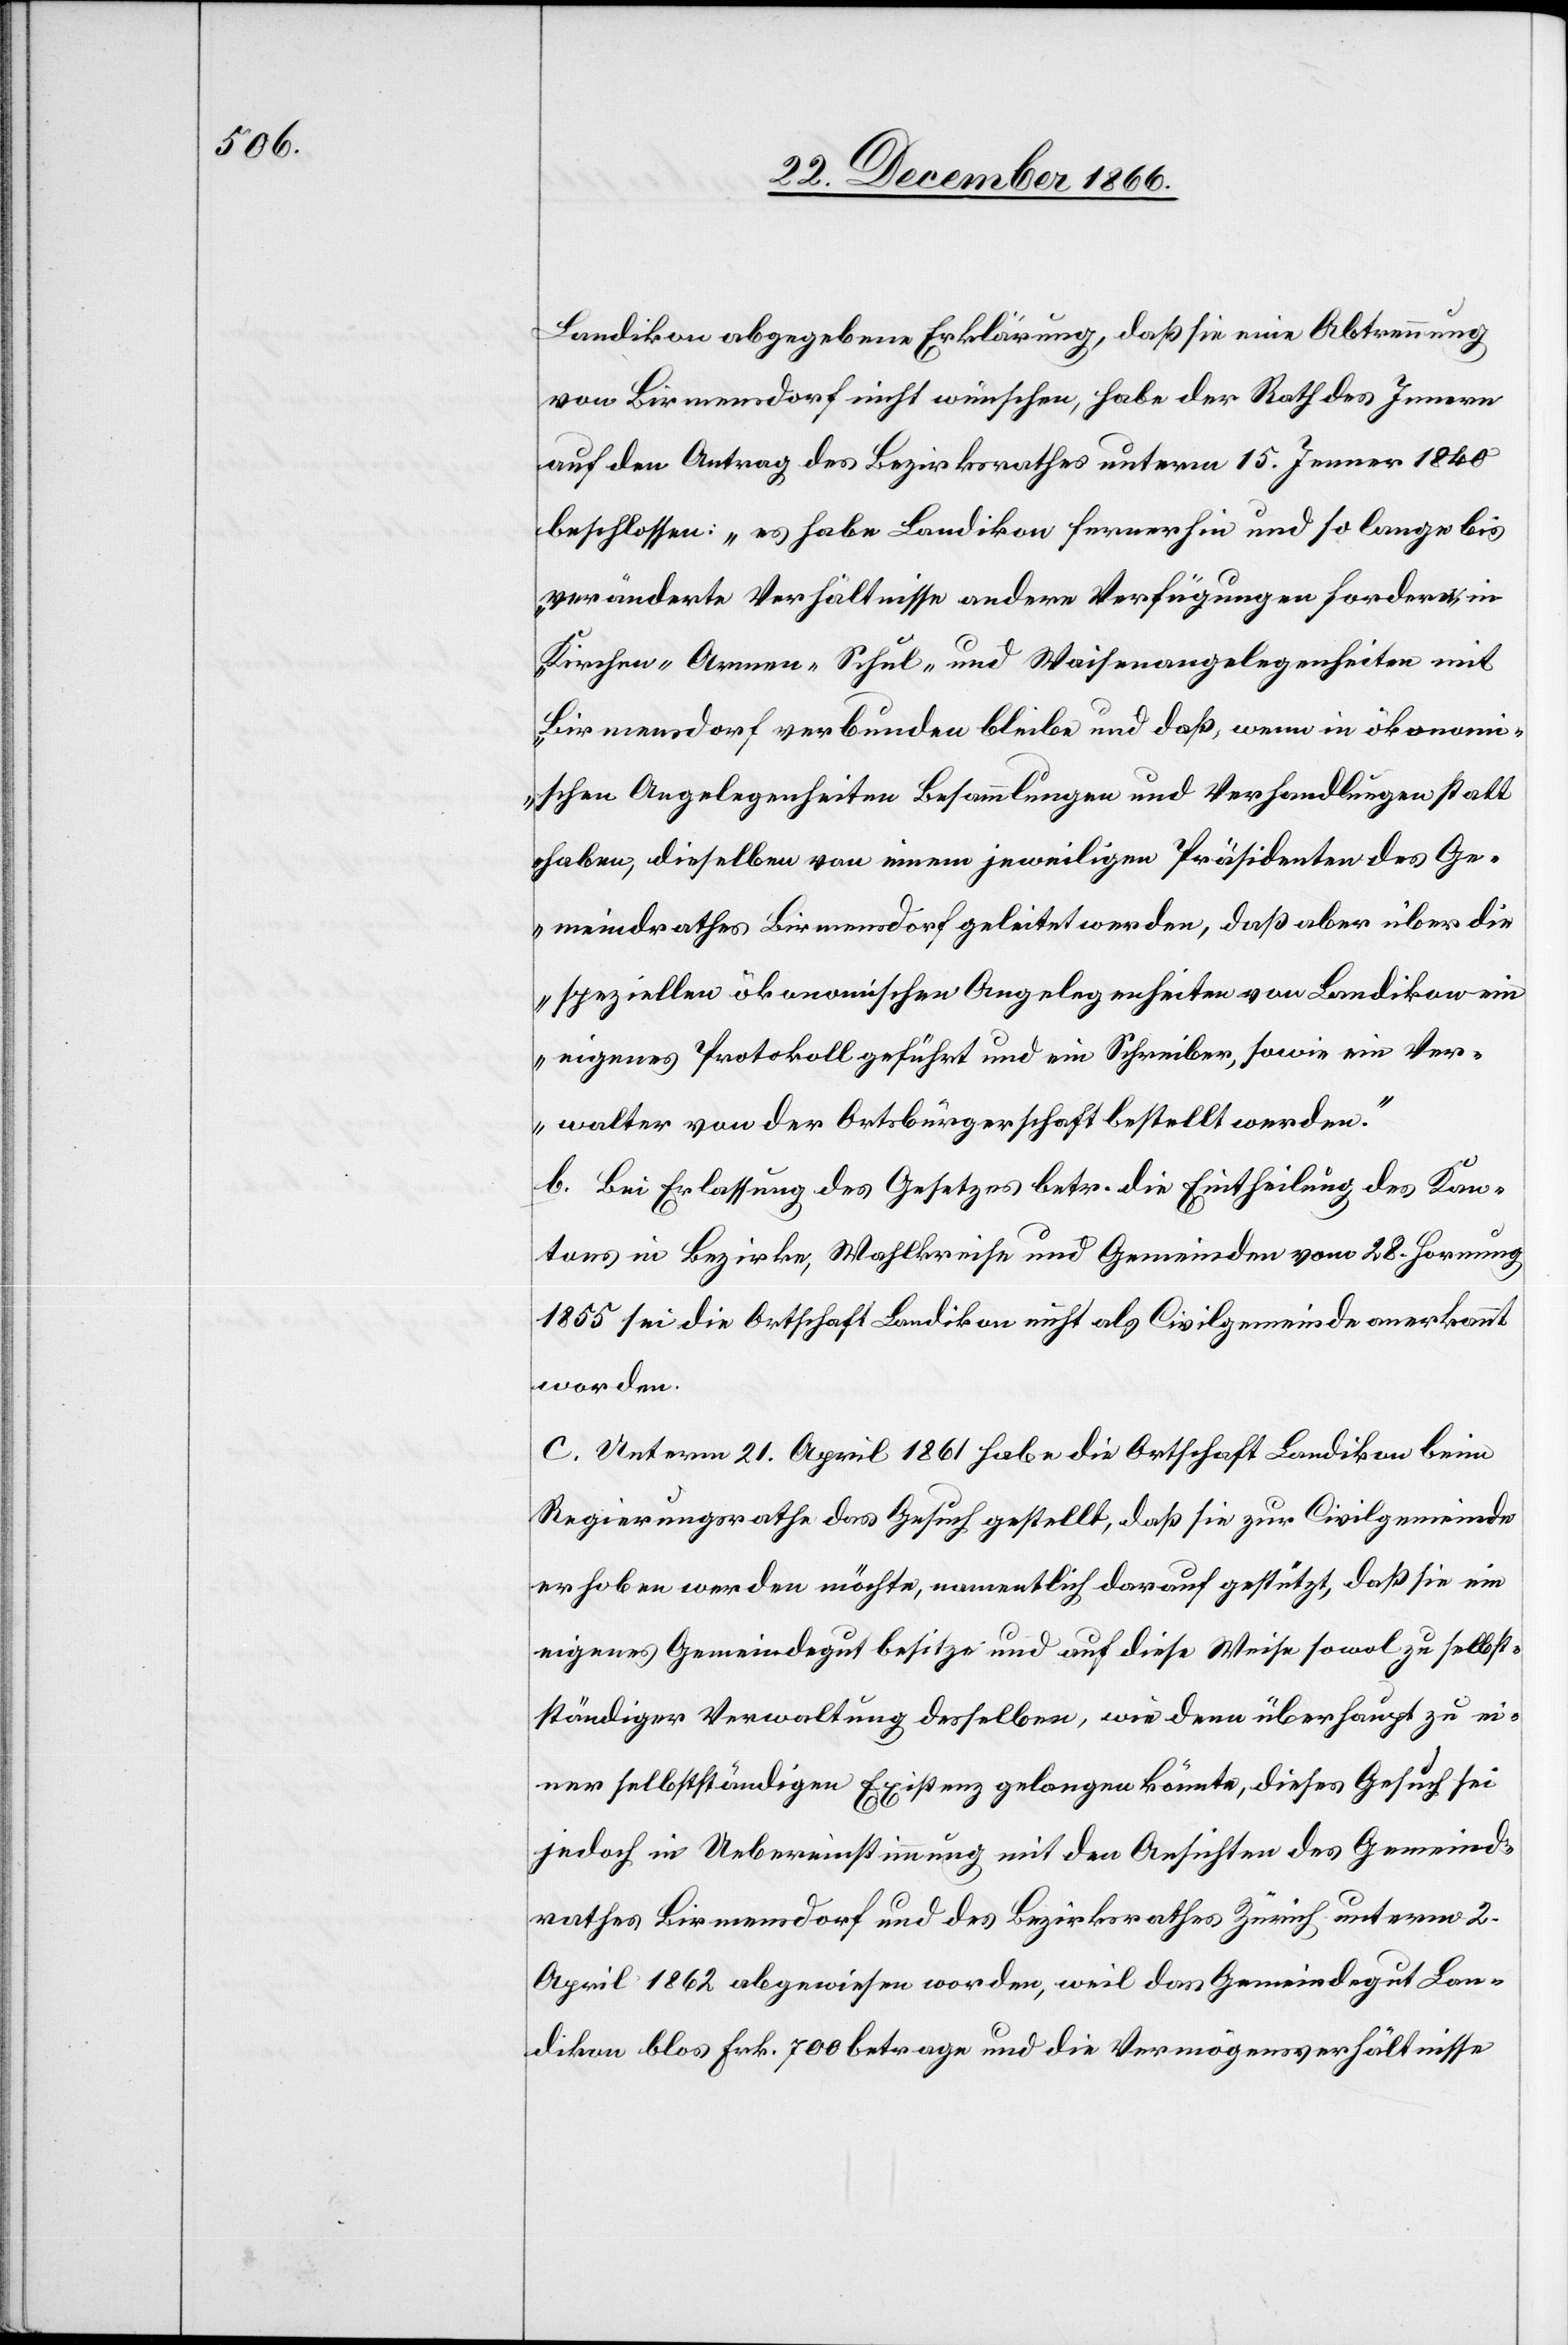
Landikon abgegebene Erklärung, daß sie eine Abtrennung
von Birmensdorf nicht wünschen, habe der Rath des Innern
auf den Antrag des Bezirksrathes unterm 15. Jenner 1840
beschlossen: „es habe Landikon fernerhin und so lange bis
veränderte Verhältnisse andere Verfügungen fordern, in
Kirchen-[,] Armen-[,] Schul- und Waisenangelegenheiten mit
Birmensdorf verbunden bleibe [sic!] und daß, wenn in ökonom¬
ischen Angelegenheiten Besammlungen und Verhandlungen statt
haben, dieselben von einem jeweiligen Präsidenten des Ge¬
meindrathes Birmensdorf geleitet werden, daß aber über die
speziellen ökonomischen Angelegenheiten von Landikon ein
eigenes Protokoll geführt und ein Schreiber, sowie ein Ver¬
walter von der Ortsbürgerschaft bestellt werden.“
b. Bei Erlassung des Gesetzes betr. die Eintheilung des Kan¬
tons in Bezirke, Wahlkreise und Gemeinden vom 28. Hornung
1855 sei die Ortschaft Landikon nicht als Civilgemeinde anerkannt
worden.
C. Unterm 21. April 1861 habe die Ortschaft Landikon beim
Regierungsrathe das Gesuch gestellt, daß sie zur Civilgemeinde
erhoben werden möchte, namentlich darauf gestützt, daß sie ein
eigenes Gemeindegut besitze und auf diese Weise sowol zu selbst¬
ständiger Verwaltung desselben, wie denn überhaupt zu ei¬
ner selbstständigen Existenz gelangen könnte, dieses Gesuch sei
jedoch in Uebereinstimmung mit den Ansichten des Gemeind¬
rathes Birmensdorf und des Bezirksrathes Zürich unterm 2.
April 1862 abgewiesen worden, weil das Gemeindegut Lan¬
dikon blos Frk. 700 betrage und die Vermögensverhältnisse